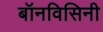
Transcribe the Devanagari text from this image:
बॉनविसिनी